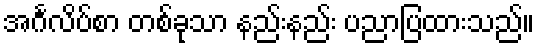
အင်္ဂလိပ်စာ တစ်ခုသာ နည်းနည်း ပညာပြထားသည်။